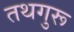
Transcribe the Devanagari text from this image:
तथगुरू